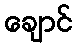
ချောင်